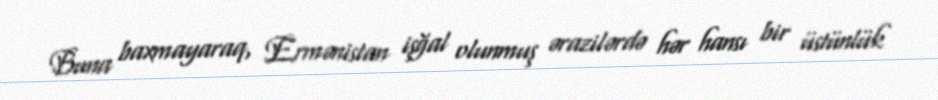
Buna baxmayaraq, Ermənistan işğal olunmuş ərazilərdə hər hansı bir üstünlük